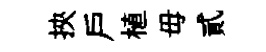
挾户植毋貳